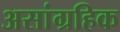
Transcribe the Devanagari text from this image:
असांग्रहिक